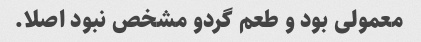
معمولی بود و طعم گردو مشخص نبود اصلا.